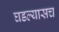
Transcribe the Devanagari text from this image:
घडल्यासच